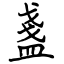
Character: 盞